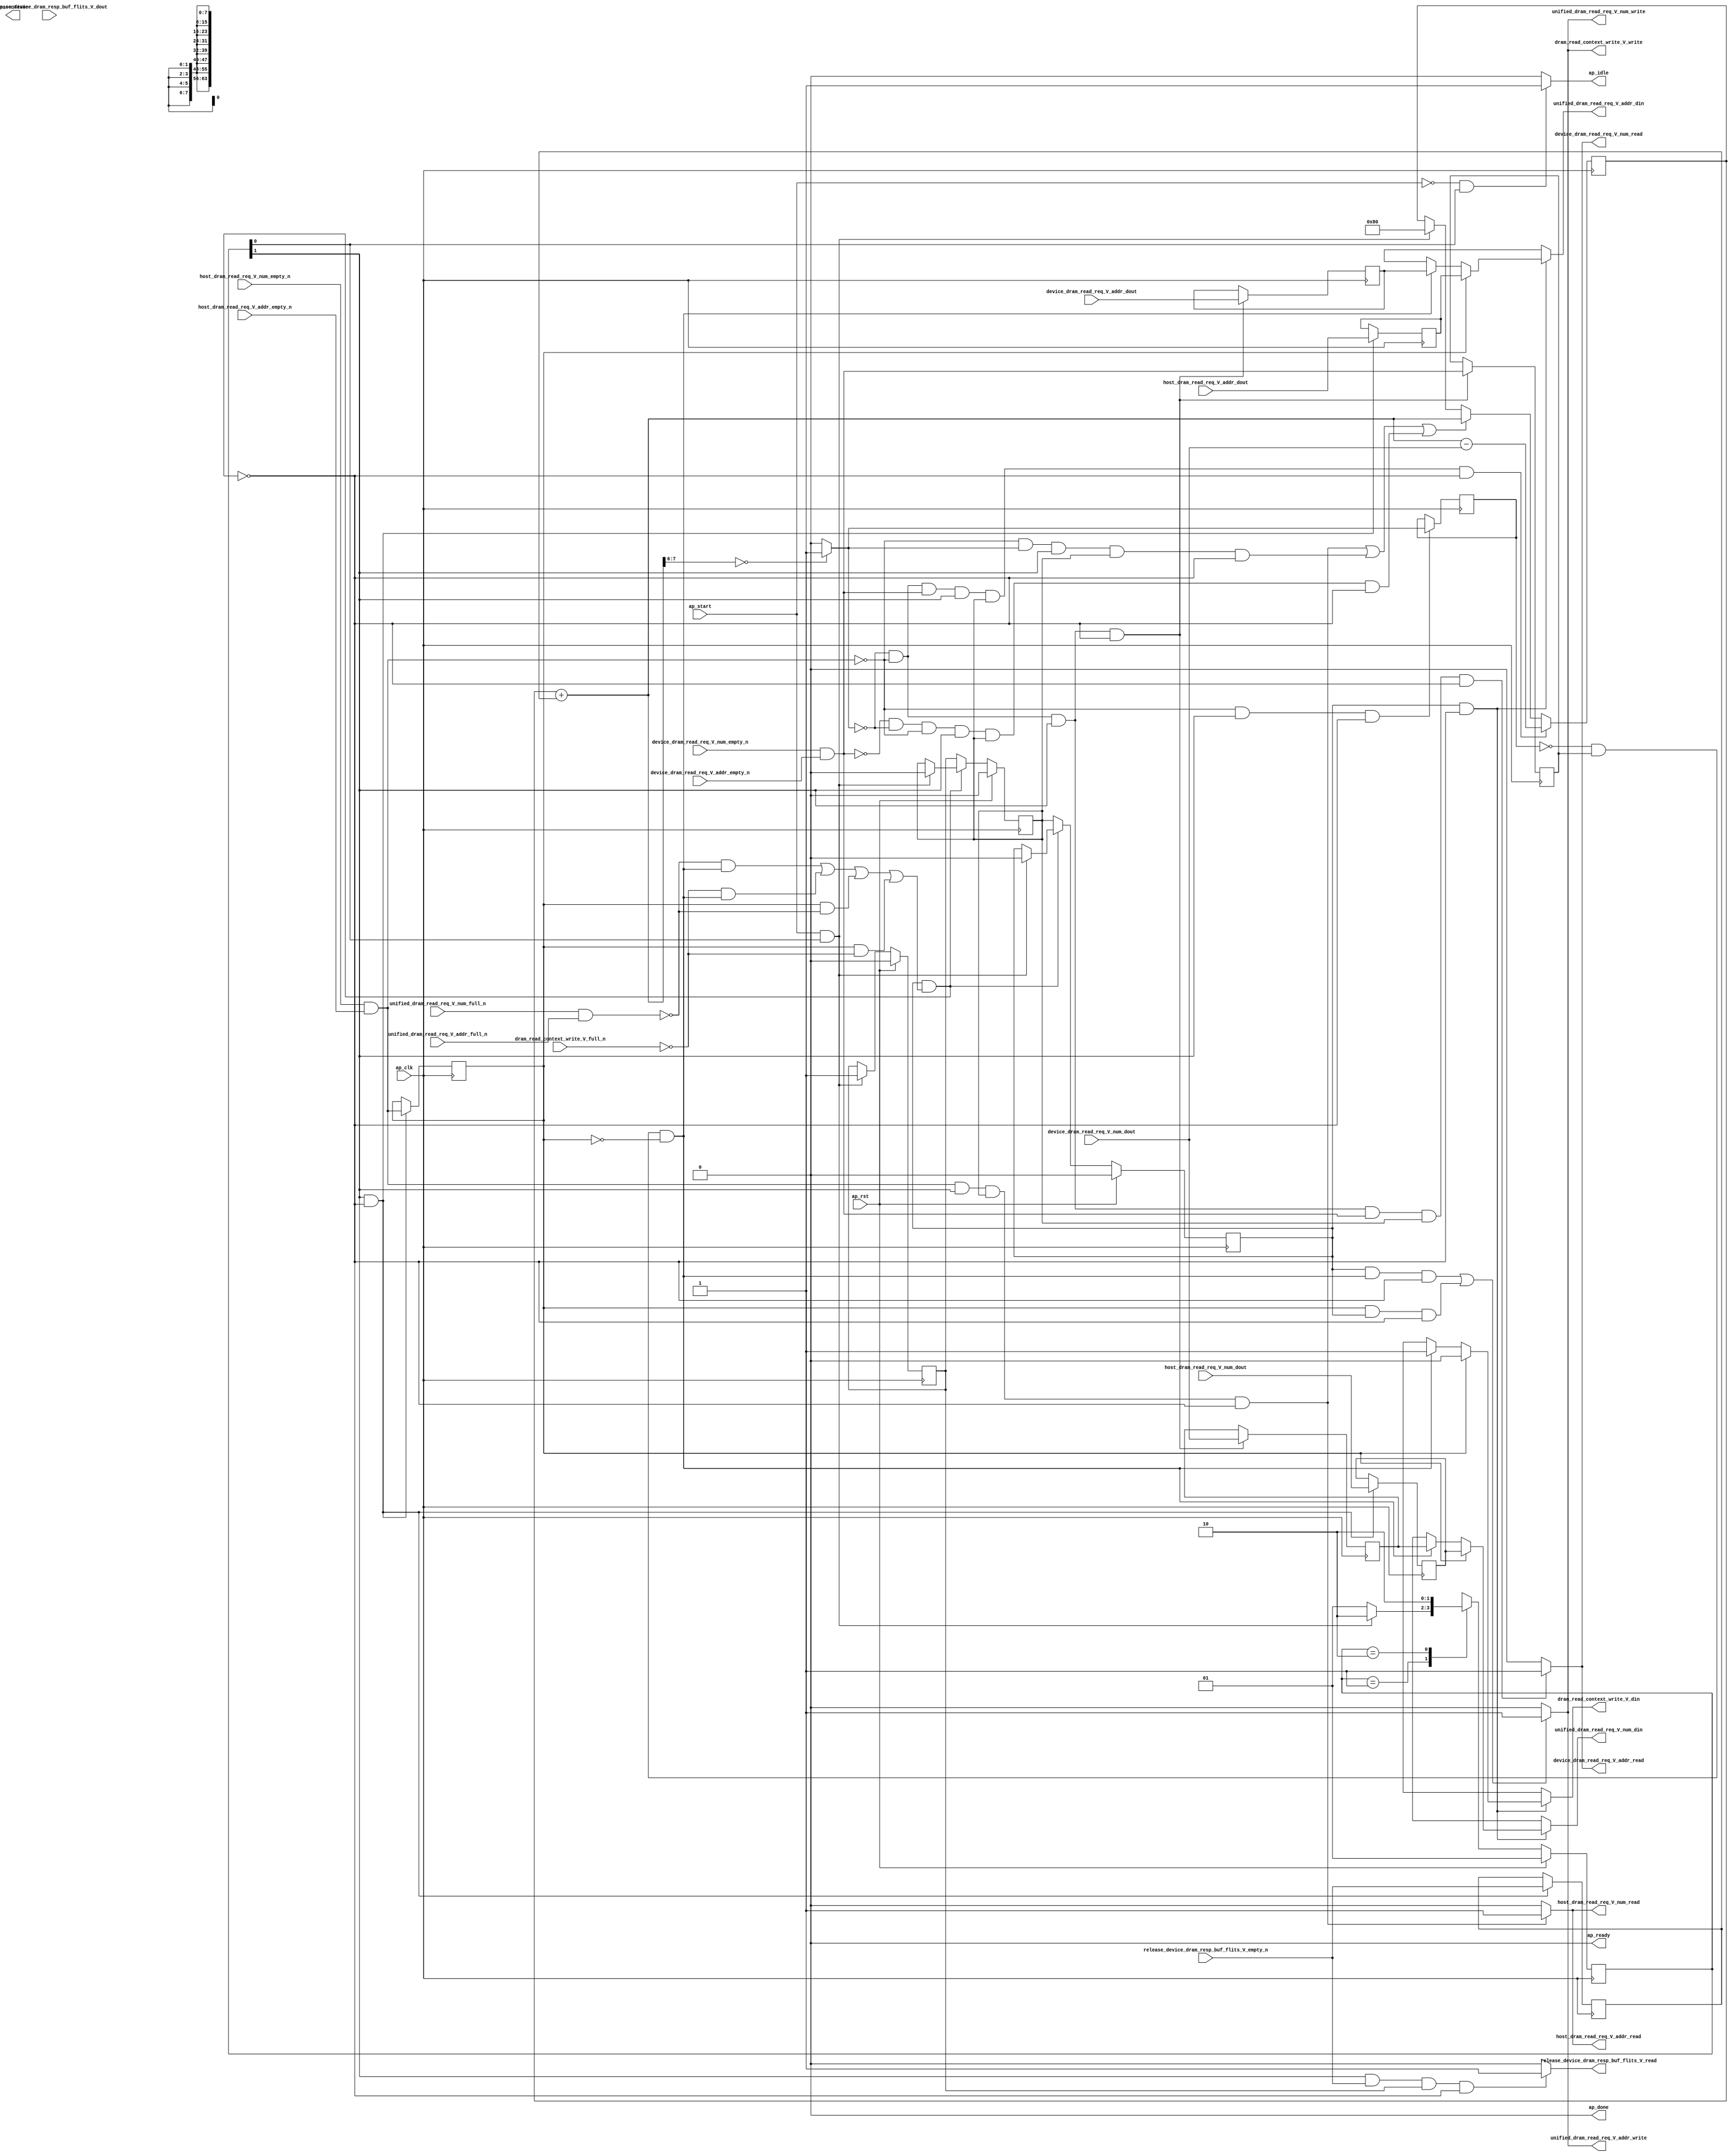
// This program was cloned from: https://github.com/zainryan/INSIDER-System
// License: MIT License

// ==============================================================
// RTL generated by Vivado(TM) HLS - High-Level Synthesis from C, C++ and SystemC
// Version: 2017.4.op
// Copyright (C) 1986-2018 Xilinx, Inc. All Rights Reserved.
// 
// ===========================================================

`timescale 1 ns / 1 ps 

(* CORE_GENERATION_INFO="dram_read_req_multiplexer,hls_ip_2017_4_op,{HLS_INPUT_TYPE=cxx,HLS_INPUT_FLOAT=0,HLS_INPUT_FIXED=0,HLS_INPUT_PART=xcvu9p-flgb2104-2-i,HLS_INPUT_CLOCK=4.000000,HLS_INPUT_ARCH=others,HLS_SYN_CLOCK=2.780250,HLS_SYN_LAT=-1,HLS_SYN_TPT=none,HLS_SYN_MEM=0,HLS_SYN_DSP=0,HLS_SYN_FF=161,HLS_SYN_LUT=221}" *)

module dram_read_req_multiplexer (
        ap_clk,
        ap_rst,
        ap_start,
        ap_done,
ap_continue,
        ap_idle,
        ap_ready,
        host_dram_read_req_V_num_dout,
        host_dram_read_req_V_num_empty_n,
        host_dram_read_req_V_num_read,
        host_dram_read_req_V_addr_dout,
        host_dram_read_req_V_addr_empty_n,
        host_dram_read_req_V_addr_read,
        device_dram_read_req_V_num_dout,
        device_dram_read_req_V_num_empty_n,
        device_dram_read_req_V_num_read,
        device_dram_read_req_V_addr_dout,
        device_dram_read_req_V_addr_empty_n,
        device_dram_read_req_V_addr_read,
        unified_dram_read_req_V_num_din,
        unified_dram_read_req_V_num_full_n,
        unified_dram_read_req_V_num_write,
        unified_dram_read_req_V_addr_din,
        unified_dram_read_req_V_addr_full_n,
        unified_dram_read_req_V_addr_write,
        release_device_dram_resp_buf_flits_V_dout,
        release_device_dram_resp_buf_flits_V_empty_n,
        release_device_dram_resp_buf_flits_V_read,
        dram_read_context_write_V_din,
        dram_read_context_write_V_full_n,
        dram_read_context_write_V_write
);

parameter    ap_ST_fsm_state1 = 2'd1;
parameter    ap_ST_fsm_pp0_stage0 = 2'd2;

input   ap_clk;
input   ap_rst;
input   ap_start;
output   ap_done;
output   ap_idle;
output ap_ready; output ap_continue;
input  [7:0] host_dram_read_req_V_num_dout;
input   host_dram_read_req_V_num_empty_n;
output   host_dram_read_req_V_num_read;
input  [63:0] host_dram_read_req_V_addr_dout;
input   host_dram_read_req_V_addr_empty_n;
output   host_dram_read_req_V_addr_read;
input  [7:0] device_dram_read_req_V_num_dout;
input   device_dram_read_req_V_num_empty_n;
output   device_dram_read_req_V_num_read;
input  [63:0] device_dram_read_req_V_addr_dout;
input   device_dram_read_req_V_addr_empty_n;
output   device_dram_read_req_V_addr_read;
output  [7:0] unified_dram_read_req_V_num_din;
input   unified_dram_read_req_V_num_full_n;
output   unified_dram_read_req_V_num_write;
output  [63:0] unified_dram_read_req_V_addr_din;
input   unified_dram_read_req_V_addr_full_n;
output   unified_dram_read_req_V_addr_write;
input   release_device_dram_resp_buf_flits_V_dout;
input   release_device_dram_resp_buf_flits_V_empty_n;
output   release_device_dram_resp_buf_flits_V_read;
output   dram_read_context_write_V_din;
input   dram_read_context_write_V_full_n;
output   dram_read_context_write_V_write;

reg ap_idle;
reg[7:0] unified_dram_read_req_V_num_din;
reg[63:0] unified_dram_read_req_V_addr_din;
reg release_device_dram_resp_buf_flits_V_read;
reg dram_read_context_write_V_din;
reg dram_read_context_write_V_write;

(* fsm_encoding = "none" *) reg   [1:0] ap_CS_fsm;
wire    ap_CS_fsm_state1;
reg    unified_dram_read_req_V_num_blk_n;
reg    ap_enable_reg_pp0_iter2;
wire    ap_block_pp0_stage0;
reg   [0:0] empty_n_3_reg_299;
reg   [0:0] icmp_reg_313;
reg   [0:0] empty_n_4_reg_317;
reg    unified_dram_read_req_V_addr_blk_n;
reg    dram_read_context_write_V_blk_n;
reg   [0:0] release_device_dram_resp_buf_flits_V_read_reg_294_0;
wire    ap_CS_fsm_pp0_stage0;
wire    ap_block_state2_pp0_stage0_iter0;
wire    ap_block_state3_pp0_stage0_iter1;
reg    ap_predicate_op51_write_state4;
wire    unified_dram_read_req_V_num1_status;
reg    ap_block_state4_pp0_stage0_iter2;
reg    ap_block_pp0_stage0_11001;
wire   [0:0] empty_n_3_fu_235_p1;
reg   [7:0] tmp_num_reg_303;
reg   [63:0] tmp_addr_reg_308;
wire   [0:0] icmp_fu_257_p2;
wire   [0:0] empty_n_4_fu_263_p1;
reg   [7:0] tmp_num_2_reg_321;
reg   [63:0] tmp_addr_2_reg_326;
reg    ap_enable_reg_pp0_iter0;
reg    ap_enable_reg_pp0_iter1;
reg    ap_block_pp0_stage0_subdone;
reg    host_dram_read_req_V_num0_update;
wire   [0:0] empty_n_1_nbread_fu_174_p3_0;
reg    device_dram_read_req_V_num0_update;
wire   [0:0] empty_n_2_nbread_fu_182_p3_0;
reg    ap_block_pp0_stage0_01001;
reg    unified_dram_read_req_V_num1_update;
reg   [7:0] available_device_dram_resp_buf_flits_fu_164;
wire   [7:0] available_device_dram_resp_buf_flits_1_fu_228_p2;
wire   [7:0] available_device_dram_resp_buf_flits_2_fu_275_p2;
wire   [7:0] tmp_1_fu_224_p1;
wire   [1:0] tmp_fu_247_p4;
reg   [1:0] ap_NS_fsm;
reg    ap_idle_pp0;
wire    ap_enable_pp0;

// power-on initialization
initial begin
#0 ap_CS_fsm = 2'd1;
#0 ap_enable_reg_pp0_iter2 = 1'b0;
#0 ap_enable_reg_pp0_iter0 = 1'b0;
#0 ap_enable_reg_pp0_iter1 = 1'b0;
end

always @ (posedge ap_clk) begin
    if (ap_rst == 1'b1) begin
        ap_CS_fsm <= ap_ST_fsm_state1;
    end else begin
        ap_CS_fsm <= ap_NS_fsm;
    end
end

always @ (posedge ap_clk) begin
    if (ap_rst == 1'b1) begin
        ap_enable_reg_pp0_iter0 <= 1'b0;
    end else begin
        if (((ap_start == 1'b1) & (1'b1 == ap_CS_fsm_state1))) begin
            ap_enable_reg_pp0_iter0 <= 1'b1;
        end
    end
end

always @ (posedge ap_clk) begin
    if (ap_rst == 1'b1) begin
        ap_enable_reg_pp0_iter1 <= 1'b0;
    end else begin
        if ((1'b0 == ap_block_pp0_stage0_subdone)) begin
            ap_enable_reg_pp0_iter1 <= ap_enable_reg_pp0_iter0;
        end else if (((ap_start == 1'b1) & (1'b1 == ap_CS_fsm_state1))) begin
            ap_enable_reg_pp0_iter1 <= 1'b0;
        end
    end
end

always @ (posedge ap_clk) begin
    if (ap_rst == 1'b1) begin
        ap_enable_reg_pp0_iter2 <= 1'b0;
    end else begin
        if ((1'b0 == ap_block_pp0_stage0_subdone)) begin
            ap_enable_reg_pp0_iter2 <= ap_enable_reg_pp0_iter1;
        end else if (((ap_start == 1'b1) & (1'b1 == ap_CS_fsm_state1))) begin
            ap_enable_reg_pp0_iter2 <= 1'b0;
        end
    end
end

always @ (posedge ap_clk) begin
    if (((icmp_fu_257_p2 == 1'd0) & (empty_n_3_fu_235_p1 == 1'd0) & (empty_n_4_fu_263_p1 == 1'd1) & (1'b1 == ap_CS_fsm_pp0_stage0) & (ap_enable_reg_pp0_iter1 == 1'b1) & (1'b0 == ap_block_pp0_stage0_11001))) begin
        available_device_dram_resp_buf_flits_fu_164 <= available_device_dram_resp_buf_flits_2_fu_275_p2;
    end else if ((((empty_n_3_fu_235_p1 == 1'd1) & (1'b1 == ap_CS_fsm_pp0_stage0) & (ap_enable_reg_pp0_iter1 == 1'b1) & (1'b0 == ap_block_pp0_stage0_11001)) | ((empty_n_3_fu_235_p1 == 1'd0) & (icmp_fu_257_p2 == 1'd1) & (1'b1 == ap_CS_fsm_pp0_stage0) & (ap_enable_reg_pp0_iter1 == 1'b1) & (1'b0 == ap_block_pp0_stage0_11001)) | ((empty_n_4_fu_263_p1 == 1'd0) & (icmp_fu_257_p2 == 1'd0) & (empty_n_3_fu_235_p1 == 1'd0) & (1'b1 == ap_CS_fsm_pp0_stage0) & (ap_enable_reg_pp0_iter1 == 1'b1) & (1'b0 == ap_block_pp0_stage0_11001)))) begin
        available_device_dram_resp_buf_flits_fu_164 <= available_device_dram_resp_buf_flits_1_fu_228_p2;
    end else if (((ap_start == 1'b1) & (1'b1 == ap_CS_fsm_state1))) begin
        available_device_dram_resp_buf_flits_fu_164 <= 8'd128;
    end
end

always @ (posedge ap_clk) begin
    if (((1'b1 == ap_CS_fsm_pp0_stage0) & (1'b0 == ap_block_pp0_stage0_11001))) begin
        empty_n_3_reg_299 <= empty_n_1_nbread_fu_174_p3_0;
        release_device_dram_resp_buf_flits_V_read_reg_294_0 <= release_device_dram_resp_buf_flits_V_empty_n;
        tmp_addr_reg_308 <= host_dram_read_req_V_addr_dout;
        tmp_num_reg_303 <= host_dram_read_req_V_num_dout;
    end
end

always @ (posedge ap_clk) begin
    if (((icmp_fu_257_p2 == 1'd0) & (empty_n_3_fu_235_p1 == 1'd0) & (1'b1 == ap_CS_fsm_pp0_stage0) & (1'b0 == ap_block_pp0_stage0_11001))) begin
        empty_n_4_reg_317 <= empty_n_2_nbread_fu_182_p3_0;
        tmp_addr_2_reg_326 <= device_dram_read_req_V_addr_dout;
        tmp_num_2_reg_321 <= device_dram_read_req_V_num_dout;
    end
end

always @ (posedge ap_clk) begin
    if (((empty_n_3_fu_235_p1 == 1'd0) & (1'b1 == ap_CS_fsm_pp0_stage0) & (1'b0 == ap_block_pp0_stage0_11001))) begin
        icmp_reg_313 <= icmp_fu_257_p2;
    end
end

always @ (*) begin
    if (((ap_start == 1'b0) & (1'b1 == ap_CS_fsm_state1))) begin
        ap_idle = 1'b1;
    end else begin
        ap_idle = 1'b0;
    end
end

always @ (*) begin
    if (((ap_enable_reg_pp0_iter2 == 1'b0) & (ap_enable_reg_pp0_iter1 == 1'b0) & (ap_enable_reg_pp0_iter0 == 1'b0))) begin
        ap_idle_pp0 = 1'b1;
    end else begin
        ap_idle_pp0 = 1'b0;
    end
end

always @ (*) begin
    if (((icmp_fu_257_p2 == 1'd0) & (empty_n_3_fu_235_p1 == 1'd0) & (1'b1 == ap_CS_fsm_pp0_stage0) & ((device_dram_read_req_V_num_empty_n & device_dram_read_req_V_addr_empty_n) == 1'b1) & (ap_enable_reg_pp0_iter1 == 1'b1) & (1'b0 == ap_block_pp0_stage0_11001))) begin
        device_dram_read_req_V_num0_update = 1'b1;
    end else begin
        device_dram_read_req_V_num0_update = 1'b0;
    end
end

always @ (*) begin
    if ((((icmp_reg_313 == 1'd0) & (empty_n_4_reg_317 == 1'd1) & (empty_n_3_reg_299 == 1'd0) & (1'b0 == ap_block_pp0_stage0) & (ap_enable_reg_pp0_iter2 == 1'b1)) | ((empty_n_3_reg_299 == 1'd1) & (1'b0 == ap_block_pp0_stage0) & (ap_enable_reg_pp0_iter2 == 1'b1)))) begin
        dram_read_context_write_V_blk_n = dram_read_context_write_V_full_n;
    end else begin
        dram_read_context_write_V_blk_n = 1'b1;
    end
end

always @ (*) begin
    if (((ap_enable_reg_pp0_iter2 == 1'b1) & (1'b0 == ap_block_pp0_stage0_01001))) begin
        if ((empty_n_3_reg_299 == 1'd1)) begin
            dram_read_context_write_V_din = 1'd0;
        end else if ((ap_predicate_op51_write_state4 == 1'b1)) begin
            dram_read_context_write_V_din = 1'd1;
        end else begin
            dram_read_context_write_V_din = 'bx;
        end
    end else begin
        dram_read_context_write_V_din = 'bx;
    end
end

always @ (*) begin
    if ((((ap_enable_reg_pp0_iter2 == 1'b1) & (ap_predicate_op51_write_state4 == 1'b1) & (1'b0 == ap_block_pp0_stage0_11001)) | ((empty_n_3_reg_299 == 1'd1) & (ap_enable_reg_pp0_iter2 == 1'b1) & (1'b0 == ap_block_pp0_stage0_11001)))) begin
        dram_read_context_write_V_write = 1'b1;
    end else begin
        dram_read_context_write_V_write = 1'b0;
    end
end

always @ (*) begin
    if (((1'b1 == ap_CS_fsm_pp0_stage0) & ((host_dram_read_req_V_num_empty_n & host_dram_read_req_V_addr_empty_n) == 1'b1) & (ap_enable_reg_pp0_iter1 == 1'b1) & (1'b0 == ap_block_pp0_stage0_11001))) begin
        host_dram_read_req_V_num0_update = 1'b1;
    end else begin
        host_dram_read_req_V_num0_update = 1'b0;
    end
end

always @ (*) begin
    if (((1'b1 == ap_CS_fsm_pp0_stage0) & (release_device_dram_resp_buf_flits_V_empty_n == 1'b1) & (ap_enable_reg_pp0_iter0 == 1'b1) & (1'b0 == ap_block_pp0_stage0_11001))) begin
        release_device_dram_resp_buf_flits_V_read = 1'b1;
    end else begin
        release_device_dram_resp_buf_flits_V_read = 1'b0;
    end
end

always @ (*) begin
    if ((((icmp_reg_313 == 1'd0) & (empty_n_4_reg_317 == 1'd1) & (empty_n_3_reg_299 == 1'd0) & (1'b0 == ap_block_pp0_stage0) & (ap_enable_reg_pp0_iter2 == 1'b1)) | ((empty_n_3_reg_299 == 1'd1) & (1'b0 == ap_block_pp0_stage0) & (ap_enable_reg_pp0_iter2 == 1'b1)))) begin
        unified_dram_read_req_V_addr_blk_n = unified_dram_read_req_V_addr_full_n;
    end else begin
        unified_dram_read_req_V_addr_blk_n = 1'b1;
    end
end

always @ (*) begin
    if (((ap_enable_reg_pp0_iter2 == 1'b1) & (1'b0 == ap_block_pp0_stage0_01001))) begin
        if ((empty_n_3_reg_299 == 1'd1)) begin
            unified_dram_read_req_V_addr_din = tmp_addr_reg_308;
        end else if ((ap_predicate_op51_write_state4 == 1'b1)) begin
            unified_dram_read_req_V_addr_din = tmp_addr_2_reg_326;
        end else begin
            unified_dram_read_req_V_addr_din = 'bx;
        end
    end else begin
        unified_dram_read_req_V_addr_din = 'bx;
    end
end

always @ (*) begin
    if ((((ap_enable_reg_pp0_iter2 == 1'b1) & (ap_predicate_op51_write_state4 == 1'b1) & (1'b0 == ap_block_pp0_stage0_11001)) | ((empty_n_3_reg_299 == 1'd1) & (ap_enable_reg_pp0_iter2 == 1'b1) & (1'b0 == ap_block_pp0_stage0_11001)))) begin
        unified_dram_read_req_V_num1_update = 1'b1;
    end else begin
        unified_dram_read_req_V_num1_update = 1'b0;
    end
end

always @ (*) begin
    if ((((icmp_reg_313 == 1'd0) & (empty_n_4_reg_317 == 1'd1) & (empty_n_3_reg_299 == 1'd0) & (1'b0 == ap_block_pp0_stage0) & (ap_enable_reg_pp0_iter2 == 1'b1)) | ((empty_n_3_reg_299 == 1'd1) & (1'b0 == ap_block_pp0_stage0) & (ap_enable_reg_pp0_iter2 == 1'b1)))) begin
        unified_dram_read_req_V_num_blk_n = unified_dram_read_req_V_num_full_n;
    end else begin
        unified_dram_read_req_V_num_blk_n = 1'b1;
    end
end

always @ (*) begin
    if (((ap_enable_reg_pp0_iter2 == 1'b1) & (1'b0 == ap_block_pp0_stage0_01001))) begin
        if ((empty_n_3_reg_299 == 1'd1)) begin
            unified_dram_read_req_V_num_din = tmp_num_reg_303;
        end else if ((ap_predicate_op51_write_state4 == 1'b1)) begin
            unified_dram_read_req_V_num_din = tmp_num_2_reg_321;
        end else begin
            unified_dram_read_req_V_num_din = 'bx;
        end
    end else begin
        unified_dram_read_req_V_num_din = 'bx;
    end
end

always @ (*) begin
    case (ap_CS_fsm)
        ap_ST_fsm_state1 : begin
            if (((ap_start == 1'b1) & (1'b1 == ap_CS_fsm_state1))) begin
                ap_NS_fsm = ap_ST_fsm_pp0_stage0;
            end else begin
                ap_NS_fsm = ap_ST_fsm_state1;
            end
        end
        ap_ST_fsm_pp0_stage0 : begin
            ap_NS_fsm = ap_ST_fsm_pp0_stage0;
        end
        default : begin
            ap_NS_fsm = 'bx;
        end
    endcase
end

assign ap_CS_fsm_pp0_stage0 = ap_CS_fsm[32'd1];

assign ap_CS_fsm_state1 = ap_CS_fsm[32'd0];

assign ap_block_pp0_stage0 = ~(1'b1 == 1'b1);

always @ (*) begin
    ap_block_pp0_stage0_01001 = ((ap_enable_reg_pp0_iter2 == 1'b1) & (((unified_dram_read_req_V_num1_status == 1'b0) & (ap_predicate_op51_write_state4 == 1'b1)) | ((dram_read_context_write_V_full_n == 1'b0) & (ap_predicate_op51_write_state4 == 1'b1)) | ((empty_n_3_reg_299 == 1'd1) & (unified_dram_read_req_V_num1_status == 1'b0)) | ((empty_n_3_reg_299 == 1'd1) & (dram_read_context_write_V_full_n == 1'b0))));
end

always @ (*) begin
    ap_block_pp0_stage0_11001 = ((ap_enable_reg_pp0_iter2 == 1'b1) & (((unified_dram_read_req_V_num1_status == 1'b0) & (ap_predicate_op51_write_state4 == 1'b1)) | ((dram_read_context_write_V_full_n == 1'b0) & (ap_predicate_op51_write_state4 == 1'b1)) | ((empty_n_3_reg_299 == 1'd1) & (unified_dram_read_req_V_num1_status == 1'b0)) | ((empty_n_3_reg_299 == 1'd1) & (dram_read_context_write_V_full_n == 1'b0))));
end

always @ (*) begin
    ap_block_pp0_stage0_subdone = ((ap_enable_reg_pp0_iter2 == 1'b1) & (((unified_dram_read_req_V_num1_status == 1'b0) & (ap_predicate_op51_write_state4 == 1'b1)) | ((dram_read_context_write_V_full_n == 1'b0) & (ap_predicate_op51_write_state4 == 1'b1)) | ((empty_n_3_reg_299 == 1'd1) & (unified_dram_read_req_V_num1_status == 1'b0)) | ((empty_n_3_reg_299 == 1'd1) & (dram_read_context_write_V_full_n == 1'b0))));
end

assign ap_block_state2_pp0_stage0_iter0 = ~(1'b1 == 1'b1);

assign ap_block_state3_pp0_stage0_iter1 = ~(1'b1 == 1'b1);

always @ (*) begin
    ap_block_state4_pp0_stage0_iter2 = (((unified_dram_read_req_V_num1_status == 1'b0) & (ap_predicate_op51_write_state4 == 1'b1)) | ((dram_read_context_write_V_full_n == 1'b0) & (ap_predicate_op51_write_state4 == 1'b1)) | ((empty_n_3_reg_299 == 1'd1) & (unified_dram_read_req_V_num1_status == 1'b0)) | ((empty_n_3_reg_299 == 1'd1) & (dram_read_context_write_V_full_n == 1'b0)));
end

assign ap_done = 1'b0;

assign ap_enable_pp0 = (ap_idle_pp0 ^ 1'b1);

always @ (*) begin
    ap_predicate_op51_write_state4 = ((icmp_reg_313 == 1'd0) & (empty_n_4_reg_317 == 1'd1) & (empty_n_3_reg_299 == 1'd0));
end

assign ap_ready = 1'b0;

assign available_device_dram_resp_buf_flits_1_fu_228_p2 = (available_device_dram_resp_buf_flits_fu_164 + tmp_1_fu_224_p1);

assign available_device_dram_resp_buf_flits_2_fu_275_p2 = (available_device_dram_resp_buf_flits_1_fu_228_p2 - device_dram_read_req_V_num_dout);

assign device_dram_read_req_V_addr_read = device_dram_read_req_V_num0_update;

assign device_dram_read_req_V_num_read = device_dram_read_req_V_num0_update;

assign empty_n_1_nbread_fu_174_p3_0 = (host_dram_read_req_V_num_empty_n & host_dram_read_req_V_addr_empty_n);

assign empty_n_2_nbread_fu_182_p3_0 = (device_dram_read_req_V_num_empty_n & device_dram_read_req_V_addr_empty_n);

assign empty_n_3_fu_235_p1 = empty_n_1_nbread_fu_174_p3_0;

assign empty_n_4_fu_263_p1 = empty_n_2_nbread_fu_182_p3_0;

assign host_dram_read_req_V_addr_read = host_dram_read_req_V_num0_update;

assign host_dram_read_req_V_num_read = host_dram_read_req_V_num0_update;

assign icmp_fu_257_p2 = ((tmp_fu_247_p4 == 2'd0) ? 1'b1 : 1'b0);

assign tmp_1_fu_224_p1 = release_device_dram_resp_buf_flits_V_read_reg_294_0;

assign tmp_fu_247_p4 = {{available_device_dram_resp_buf_flits_1_fu_228_p2[7:6]}};

assign unified_dram_read_req_V_addr_write = unified_dram_read_req_V_num1_update;

assign unified_dram_read_req_V_num1_status = (unified_dram_read_req_V_num_full_n & unified_dram_read_req_V_addr_full_n);

assign unified_dram_read_req_V_num_write = unified_dram_read_req_V_num1_update;

endmodule //dram_read_req_multiplexer